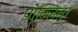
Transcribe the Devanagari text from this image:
पोल्लिलुर